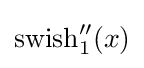
\operatorname {swish} _{1}''(x)